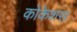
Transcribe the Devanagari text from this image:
कोकेशस